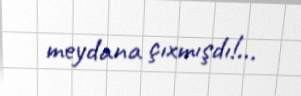
meydana çıxmışdı!...